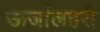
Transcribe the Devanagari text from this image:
ऊर्जालहरी